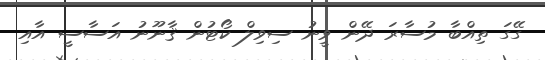
ގޭގަ ތިއްބާ މުސާރަ ދޭން ވީނު ސިވިލް ކޯޓުން ޤާނޫނު އަސާސީ އާއި